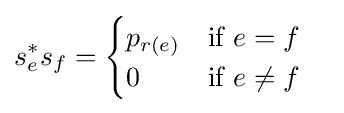
s_{e}^{*}s_{f}={\begin{cases}p_{r(e)}&{\text{if }}e=f\\0&{\text{if }}e\neq f\end{cases}}\quad